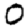
Digit: 0